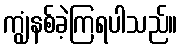
ကျွံနစ်ခဲ့ကြရပါသည်။